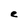
Character: e